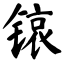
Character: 锿